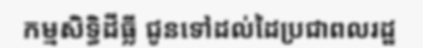
កម្មសិទ្ធិដីធ្លី ជូនទៅដល់ដៃប្រជាពលរដ្ឋ